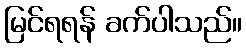
မြင်ရရန် ခက်ပါသည်။